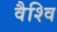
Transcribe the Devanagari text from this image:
वैश्वि